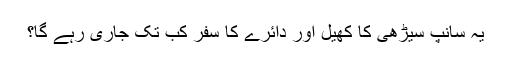
یہ سانپ سیڑھی کا کھیل اور دائرے کا سفر کب تک جاری رہے گا؟